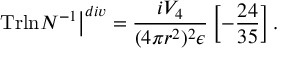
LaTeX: \left. \mathrm { T r l n } N ^ { - 1 } \right\vert ^ { d i v } = \frac { i V _ { 4 } } { ( 4 \pi r ^ { 2 } ) ^ { 2 } \epsilon } \left[ - \frac { 2 4 } { 3 5 } \right] .